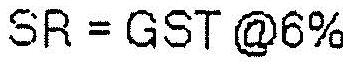
SR = GST @6%